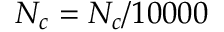
N _ { c } = N _ { c } / 1 0 0 0 0